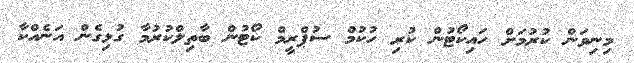
މިނިވަން ކުރުމަށް ހައިކޯޓުން ކުރި ހުކުމް ސުޕްރީމް ކޯޓުން ބާތިލްކުރުމާ ގުޅިގެން އަނެއްކާ